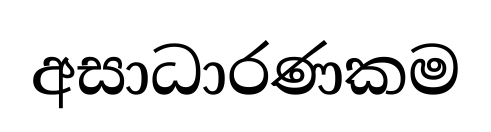
අසාධාරණකම